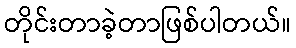
တိုင်းတာခဲ့တာဖြစ်ပါတယ်။